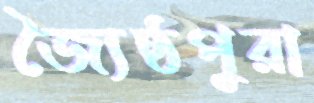
জ্যৈষ্ঠপুরা